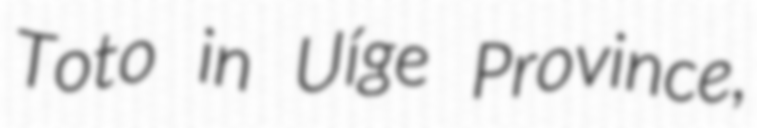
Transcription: Toto in Uíge Province,